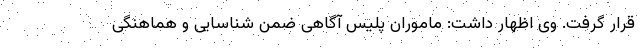
قرار گرفت. وی اظهار داشت: ماموران پلیس آگاهی ضمن شناسایی و هماهنگی